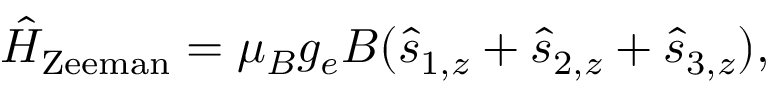
\begin{array} { r } { \hat { H } _ { \mathrm { Z e e m a n } } = \mu _ { B } g _ { e } B ( \hat { s } _ { 1 , z } + \hat { s } _ { 2 , z } + \hat { s } _ { 3 , z } ) , } \end{array}